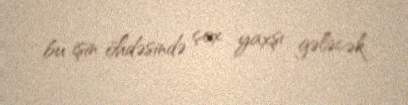
bu işin öhdəsində çox yaxşı gələcək.